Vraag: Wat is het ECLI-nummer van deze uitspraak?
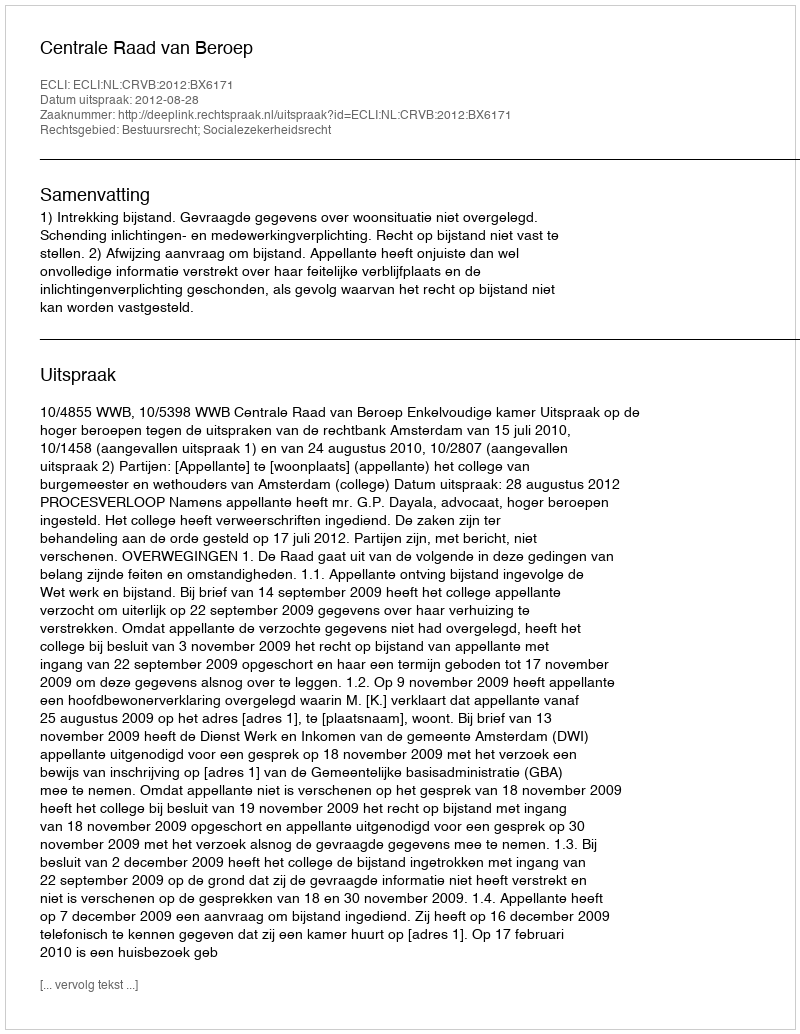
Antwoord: ECLI:NL:CRVB:2012:BX6171